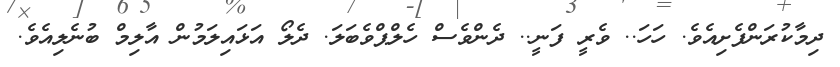
ދިމާކުރަންފެށިއެވެ. ހަހަ.. ވެރީ ފަނީ.. ދެންވެސް ހެލްޕްވެބަލަ. ދެލޯ އަޅައިލަމުން އާލިމް ބުނެލިއެވެ.